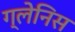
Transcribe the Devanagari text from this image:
ग्लेनिस